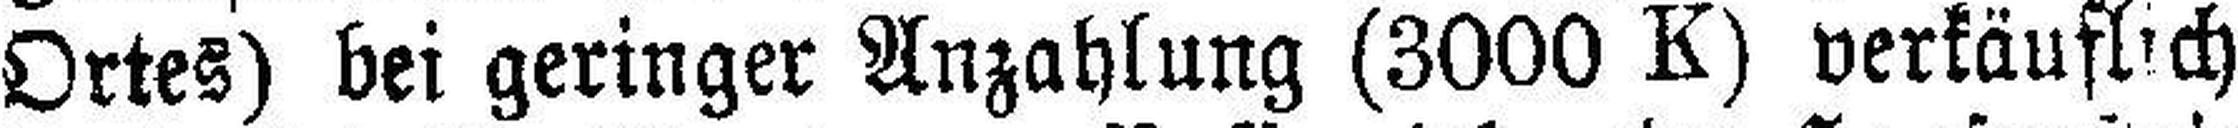
Ortes) bei geringer Anzahlung (3000 K) verkäuflich